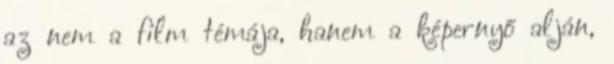
az nem a film témája, hanem a képernyő alján,